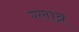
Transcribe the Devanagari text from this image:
ग्लाब्र